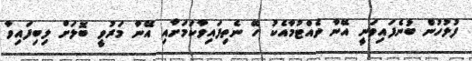
ފުލުހުން ބުނެފައިވަނީ އޭނާ ވެއްޓުމާއެކު ހޭ ނެތިފައިވާކަމަށާއި އޭނާ މަރުވީ ބޮލަށް ލިބިފައިވާ